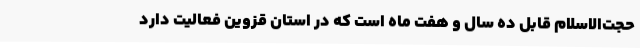
حجت‌الاسلام قابل ده سال و هفت ماه است که در استان قزوین فعالیت دارد